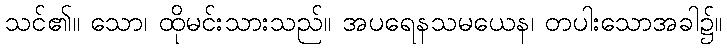
သင်၏။ သော၊ ထိုမင်းသားသည်။ အပရေနသမယေန၊ တပါးသောအခါ၌။